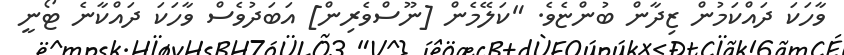
ވާހަކަ ދައްކަމުން ޒިދާން ބުންޏެވެ. "ކަލޭމެން [ނޫސްވެރިން] އަބަދުވެސް ވާހަކަ ދައްކާނެ ޓޯނީ